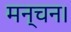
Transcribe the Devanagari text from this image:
मन्चन।